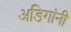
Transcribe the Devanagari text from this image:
अडिगांनी